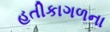
હતીકાગળના